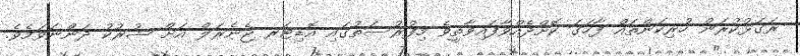
ރަގަޅުކުރަން ހުރިކަންތައް ފާހަގަ ކޮށްދެއްވާފައިވާތީވެ މިފުރުސަތުގައި އޮޑިޓަރ ޖެނެރަލް އަށް ޝުރުކު ދަންނަވަމެވެ.